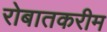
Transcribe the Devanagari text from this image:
रोबातकरीम